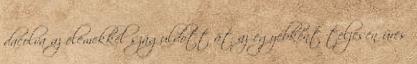
dacolva az elemekkel száguldott át az egyébként teljesen üres